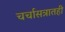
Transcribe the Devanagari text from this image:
चर्चासत्रातही